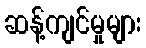
ဆန့်ကျင်မှုများ